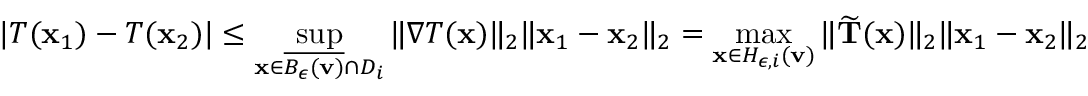
\lvert T ( \mathbf x _ { 1 } ) - T ( \mathbf x _ { 2 } ) \rvert \leq \operatorname* { s u p } _ { \mathbf x \in \overline { { B _ { \epsilon } ( \mathbf v ) } } \cap D _ { i } } \Vert \nabla T ( \mathbf x ) \Vert _ { 2 } \Vert \mathbf x _ { 1 } - \mathbf x _ { 2 } \Vert _ { 2 } = \operatorname* { m a x } _ { \mathbf x \in H _ { \epsilon , i } ( \mathbf v ) } \Vert \widetilde \mathbf T ( \mathbf x ) \Vert _ { 2 } \Vert \mathbf x _ { 1 } - \mathbf x _ { 2 } \Vert _ { 2 }